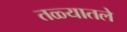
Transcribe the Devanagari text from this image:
तळ्यातले